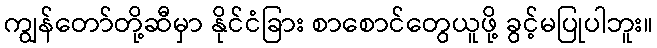
ကျွန်တော်တို့ဆီမှာ နိုင်ငံခြား စာစောင်တွေယူဖို့ ခွင့်မပြုပါဘူး။